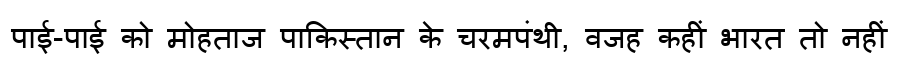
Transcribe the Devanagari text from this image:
पाई-पाई को मोहताज पाकिस्तान के चरमपंथी, वजह कहीं भारत तो नहीं